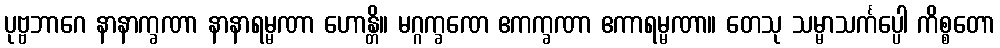
ပုဗ္ဗဘာဂေ နာနာက္ခဏာ နာနာရမ္မဏာ ဟောန္တိ။ မဂ္ဂက္ခဏေ ဧကက္ခဏာ ဧကာရမ္မဏာ။ တေသု သမ္မာသင်္ကပ္ပေါ ကိစ္စတော